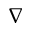
\nabla